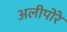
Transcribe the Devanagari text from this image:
अलीपोरे